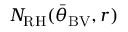
N _ { \mathrm { R H } } ( { \bar { \theta } } _ { \mathrm { B V } } , r )